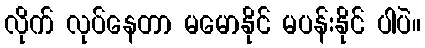
လိုက် လုပ်နေတာ မမောနိုင် မပန်းနိုင် ပါပဲ။